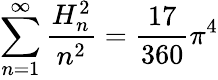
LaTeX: \sum_{n=1}^{\infty}{\frac{H_{n}^{2}}{n^{2}}}={\frac{17}{360}}\pi^{4}